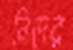
নিদের